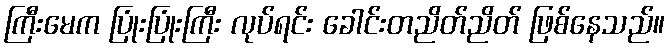
ကြီးမေက ပြုံးပြုံးကြီး လုပ်ရင်း ခေါင်းတညိတ်ညိတ် ဖြစ်နေသည်။